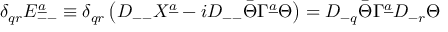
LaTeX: \delta _ { q r } { \cal E } _ { -- } ^ { \underline { { a } } } \equiv \delta _ { q r } \left( D _ { -- } X ^ { \underline { { a } } } - i D _ { -- } \bar { \Theta } \Gamma ^ { \underline { { a } } } \Theta \right) = D _ { - q } \bar { \Theta } \Gamma ^ { \underline { { a } } } D _ { - r } \Theta